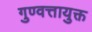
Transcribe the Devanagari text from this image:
गुण्वत्तायुक्त